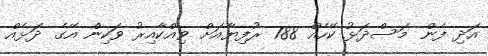
އަދި ފެން މަސްދަޅު ކޭހެއް 788 ރުފިޔާއަށް ވިއްކާއިރު ވަކިން އޭގެ ދަޅެއް